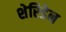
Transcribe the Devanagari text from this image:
शेरिडेन